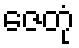
ဇေတုံ